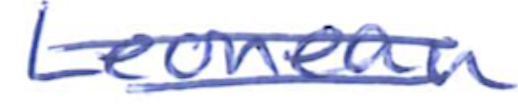
Text: Leonean
Cross-out: double-line
Writing tool: ballpoint